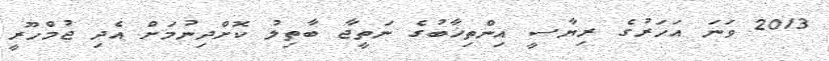
2013 ވަނަ އަހަރުގެ ރިޔާސީ އިންތިޚާބުގެ ނަތީޖާ ބާތިލު ކޮށްދިނުމަށް އެދި ޖުމްހޫރީ